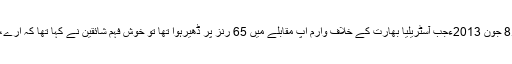
عالمی آسٹریلیا خول میں بند، انگلستان باآسانی فتحیابفہد کیہر8 جون 2013ءجب آسٹریلیا بھارت کے خلاف وارم اپ مقابلے میں 65 رنز پر ڈھیرہوا تھا تو خوش فہم شائقین نے کہا تھا کہ ارے، یہ تو وارم اپ ہے، اصل مقابلہ تو چیمپئنز ٹرافی میں ہوگا۔